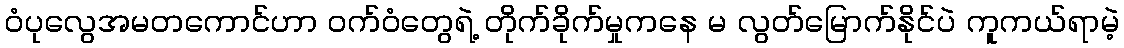
ဝံပုလွေအမတကောင်ဟာ ဝက်ဝံတွေရဲ့ တိုက်ခိုက်မှုကနေ မ လွတ်မြောက်နိုင်ပဲ ကူကယ်ရာမဲ့